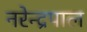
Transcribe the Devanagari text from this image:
नरेन्द्रपाल